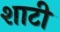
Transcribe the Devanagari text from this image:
शाटी